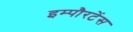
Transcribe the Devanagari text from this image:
इम्पौरटेंस